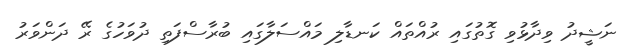
ނަޝީދު ވިދާޅުވި ގޮތުގައި ރުއްތައް ކަނޑާލި މައްސަލާގައި ބުރާސްފަތި ދުވަހުގެ ރޭ ދަންވަރު